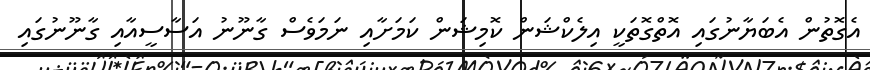
އެގޮތުން އެބަޔާނުގައި އޮތްގޮތަކީ އިލެކްޝަން ކޮމިޝަން ކަމަށާއި ނަމަވެސް ގާނޫނު އަސާސީއާއި ގާނޫނުގައި